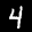
Label: 4